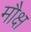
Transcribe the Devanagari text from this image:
मौक्ष